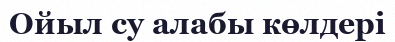
Ойыл су алабы көлдері